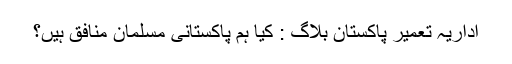
اداریہ تعمیر پاکستان بلاگ : کیا ہم پاکستانی مسلمان منافق ہیں؟